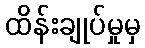
ထိန်းချုပ်မှုမှ